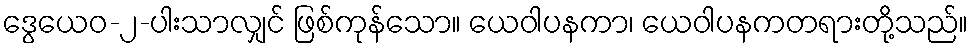
ဒွေယေဝ-၂-ပါးသာလျှင် ဖြစ်ကုန်သော။ ယေဝါပနကာ၊ ယေဝါပနကတရားတို့သည်။